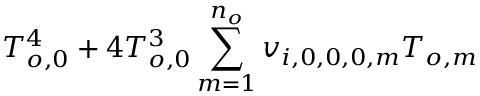
T _ { o , 0 } ^ { 4 } + 4 T _ { o , 0 } ^ { 3 } \sum _ { m = 1 } ^ { n _ { o } } v _ { i , 0 , 0 , 0 , m } T _ { o , m }